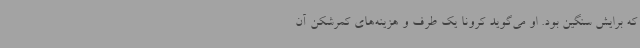
که برایش سنگین بود. او می‌گوید کرونا یک طرف و هزینه‌های کمرشکن آن